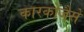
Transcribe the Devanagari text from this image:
कारकोंजैसे